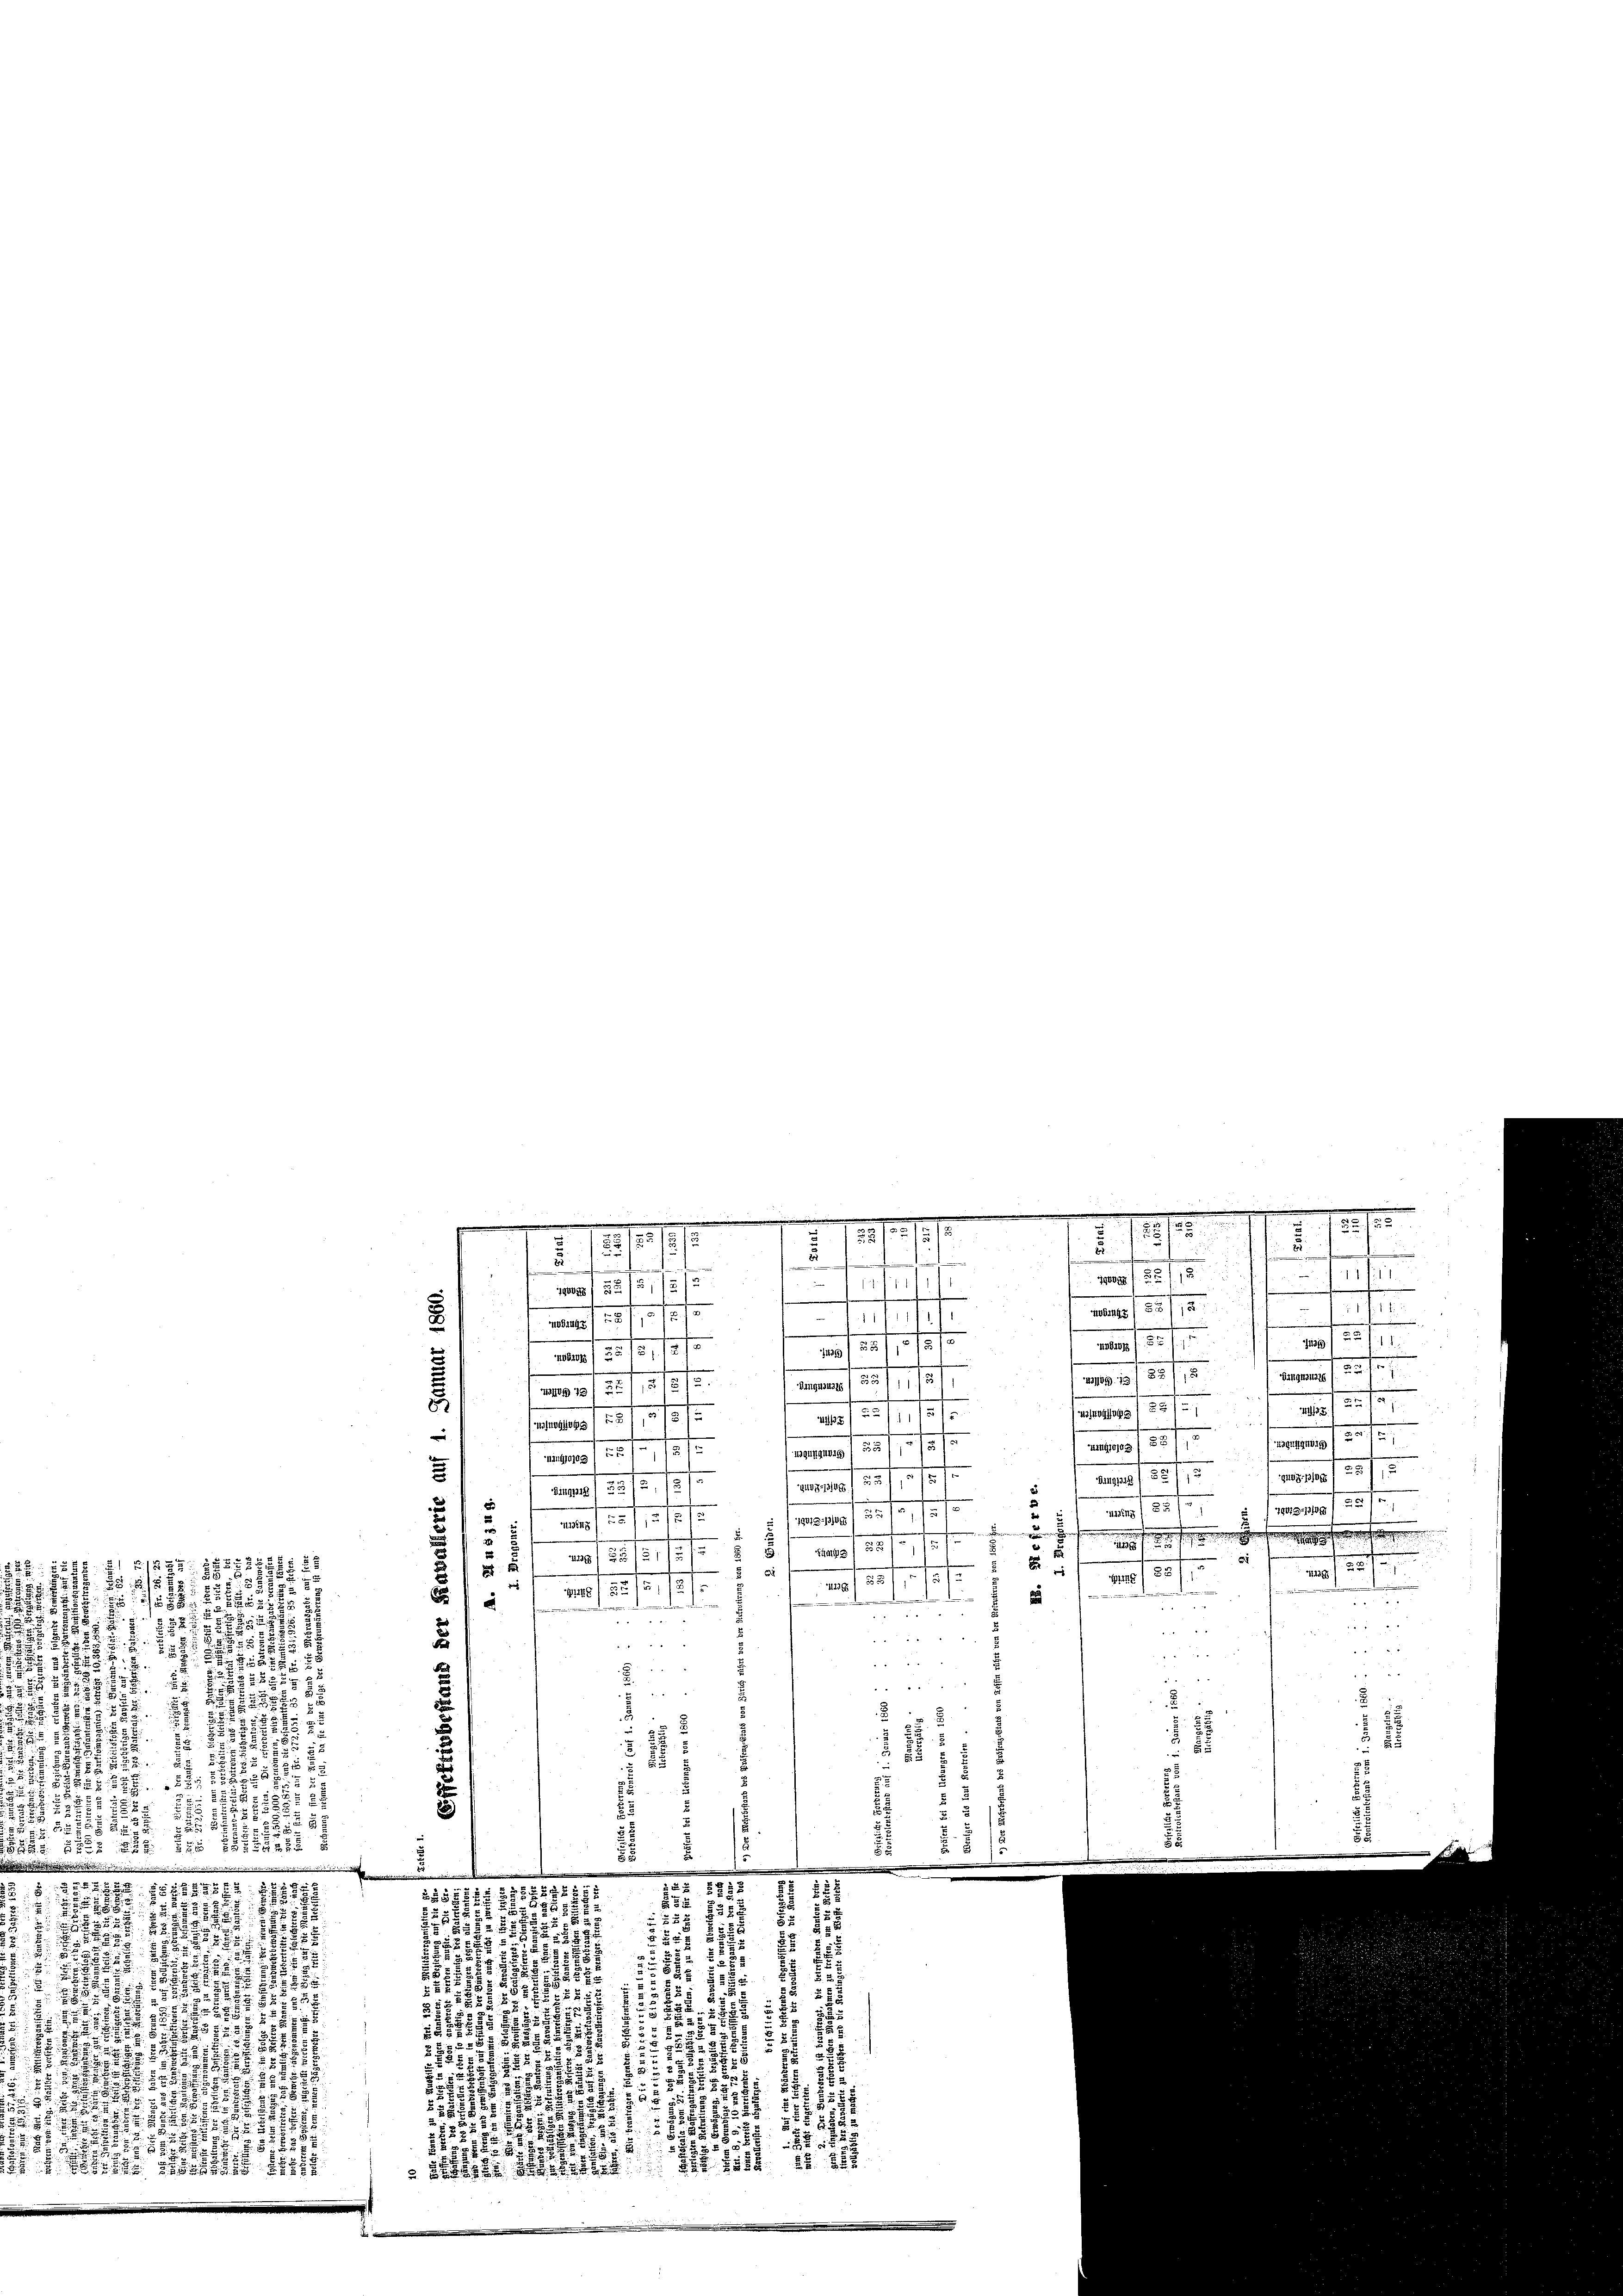
u
n
.
gundig
M 1851
88
.

uingolde
e
ingang / 30/12
ama ant
12, 12
a
Dinglic
f
martieft 25fr.
t 32 f.
h

s Promes ist.
25/1131.
711248
2
.
3

ZGm3) 2)
5
1551
2

1552 x
1
20 f 30 f.
2
3
15. 55 2/5 8
49. 55
/38/51/2/
i
a
.
251
8
e

4
 48 x
1

55

5 x
8 x 2 22
i
d
2
d
.

2
8
57
25

5
8
8

x
2237 7
8
)
.

.
2 x 2 x
d
 ..
22 8888
5
9 xx
 838

2.

3
2
2
2
2
5
1
2
2
1822.

a
u
88
2
Setter den 111 1882
 xxx

82
88

13.12.
251 f. 1

2.12.1
n
.
.

11 f

1000 f. 52 f. 18.
.
18101/ 1815

2
.
21. Js. b
M5/55/75
mals 1 257, 272
e
1
.
2
1915
120278 f. 82
10 f. 32. 1571
M / 35. 13, 12
.
af a
185/1
B 5/11 155
71 ZZ/13/8/2.
e
d
i
435.
11
sner 185
23/ 1
srang 1 251 f.
e

g. pag 1 25/1

.
.
.
f 20 f
2
25

2